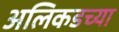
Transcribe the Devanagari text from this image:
अलिकडच्‍या